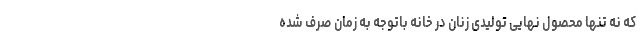
که نه تنها محصول نهایی تولیدی زنان در خانه باتوجه به زمان صرف شده